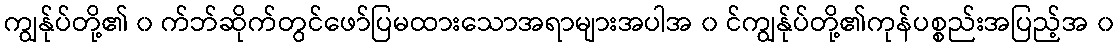
ကျွန်ုပ်တို့၏ ၀ က်ဘ်ဆိုက်တွင်ဖော်ပြမထားသောအရာများအပါအ ၀ င်ကျွန်ုပ်တို့၏ကုန်ပစ္စည်းအပြည့်အ ၀